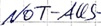
Text: NOT-AUS